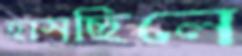
হাসছিলে